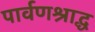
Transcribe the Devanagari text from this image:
पार्वणश्राद्ध